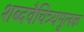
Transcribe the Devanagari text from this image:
शब्दवैचित्र्यमूलक